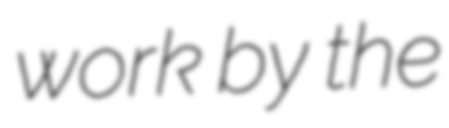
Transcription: work by the